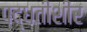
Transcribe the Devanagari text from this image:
पद्धतीशीर